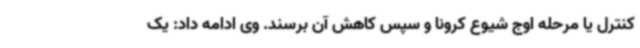
کنترل یا مرحله اوج شیوع کرونا و سپس کاهش آن برسند. وی ادامه داد: یک